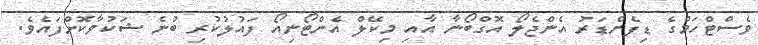
ވެސްޓްހަމްގެ ޑިފެންޑަރު އެންޖެލޯ އޮގްބޯނާ އާއި މިކޭލް އެންޓޯނިއޯ ފައުލުކުރި ބުނެ ޝަކުވާކޮށްފައެވެ.